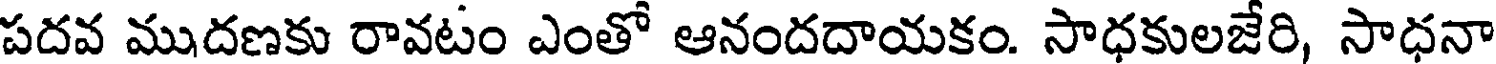
పదవ ముదణకు రావటం ఎంతో ఆనందదాయకం. సాధకులజేరి, సాధనా